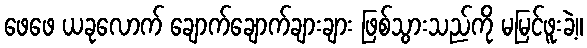
ဖေဖေ ယခုလောက် ချောက်ချောက်ချားချား ဖြစ်သွားသည်ကို မမြင်ဖူးခဲ့။